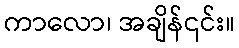
ကာလော၊ အချိန်၎င်း။